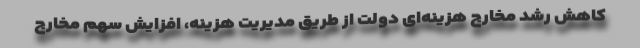
کاهش رشد مخارج هزینه‌ای دولت از طریق مدیریت هزینه، افزایش سهم مخارج